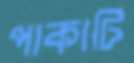
পাকাটি